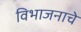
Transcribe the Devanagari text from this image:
विभाजनाचे